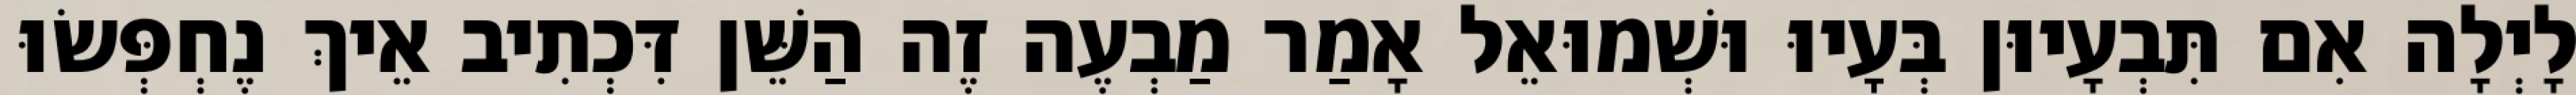
לָיְלָה אִם תִּבְעָיוּן בְּעָיוּ וּשְׁמוּאֵל אָמַר מַבְעֶה זֶה הַשֵּׁן דִּכְתִיב אֵיךְ נֶחְפְּשׂוּ